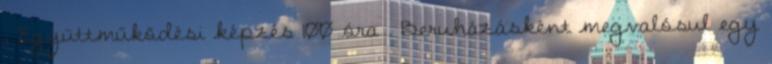
, Együttműködési képzés 100 óra . Beruházásként megvalósul egy